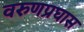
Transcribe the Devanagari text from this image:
वरुणप्रघास